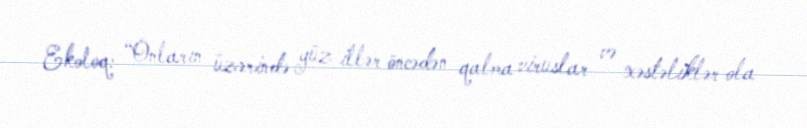
Ekoloq: “Onların üzərində yüz illər öncədən qalma viruslar və xəstəliklər ola